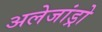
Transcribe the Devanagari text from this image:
अलेजांड्रो